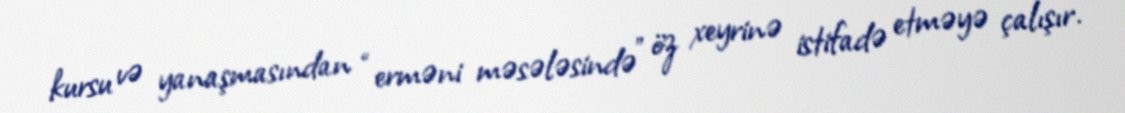
kursu və yanaşmasından “erməni məsələsində” öz xeyrinə istifadə etməyə çalışır.